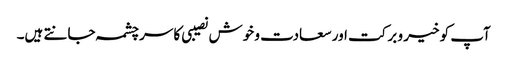
آپ کو خیر و برکت اور سعادت و خوش نصیبی کا سرچشمہ جانتے ہیں۔